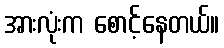
အားလုံးက စောင့်နေတယ်။